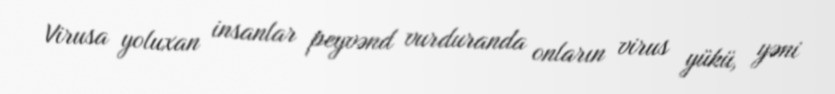
Virusa yoluxan insanlar peyvənd vurduranda onların virus yükü, yəni